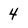
Character: 4